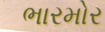
ભારમોર